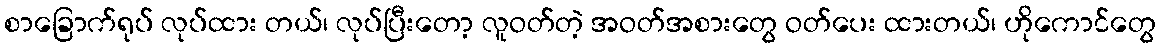
စာခြောက်ရုပ် လုပ်ထား တယ်၊ လုပ်ပြီးတော့ လူဝတ်တဲ့ အဝတ်အစားတွေ ဝတ်ပေး ထားတယ်၊ ဟိုကောင်တွေ